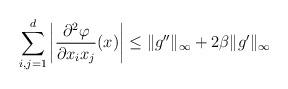
LaTeX: \begin{align*}\sum_{i,j=1}^d\left|\frac{\partial^2\varphi}{\partial x_ix_j}(x)\right|\leq\|g''\|_\infty+2\beta\|g'\|_\infty\end{align*}